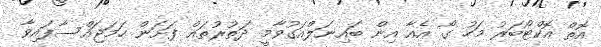
އޮތް އޮކްޓޯބަރު މަހު ގޯ އެއާ އިން ބައިނަލްއަގުވާމީ ދަތުރުތައް ފަށަން ހަމަޖައްސާފައިވާ